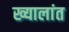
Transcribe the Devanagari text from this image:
ख्यालांत